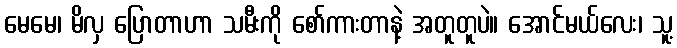
မေမေ၊ မိလှ ပြောတာဟာ သမီးကို စော်ကားတာနဲ့ အတူတူပဲ။ အောင်မယ်လေး၊ သူ့